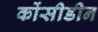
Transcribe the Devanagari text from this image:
कोंसीडीन